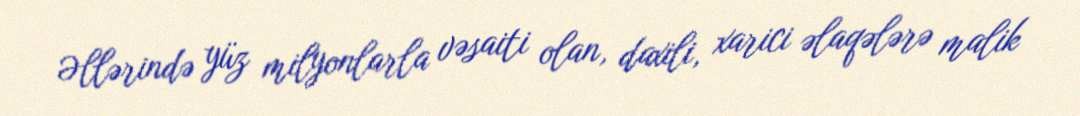
Əllərində yüz milyonlarla vəsaiti olan, daxili, xarici əlaqələrə malik